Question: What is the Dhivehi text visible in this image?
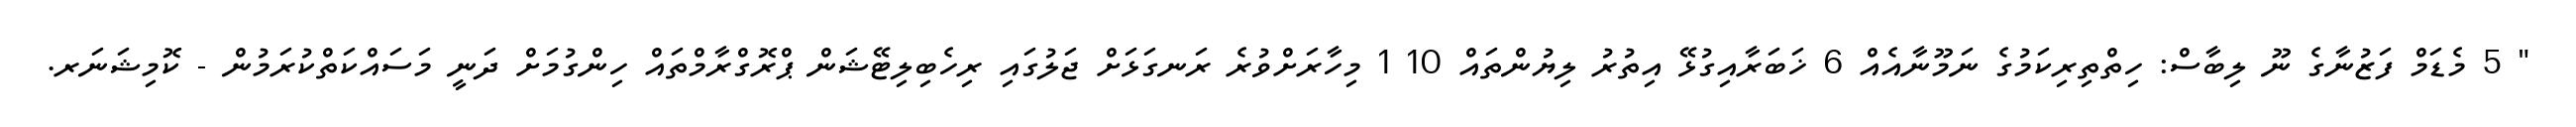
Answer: " 5 މެޑަމް ފަޒުނާގެ ނޫ ލިބާސް: ހިތްތިރިކަމުގެ ނަމޫނާއެއް 6 ޚަބަރާއިގުޅޭ އިތުރު ލިޔުންތައް 10 1 މިހާރަށްވުރެ ރަނގަޅަށް ޖަލުގައި ރިހެބިލިޓޭޝަން ޕްރޮގްރާމްތައް ހިންގުމަށް ދަނީ މަސައްކަތްކުރަމުން - ކޮމިޝަނަރ.